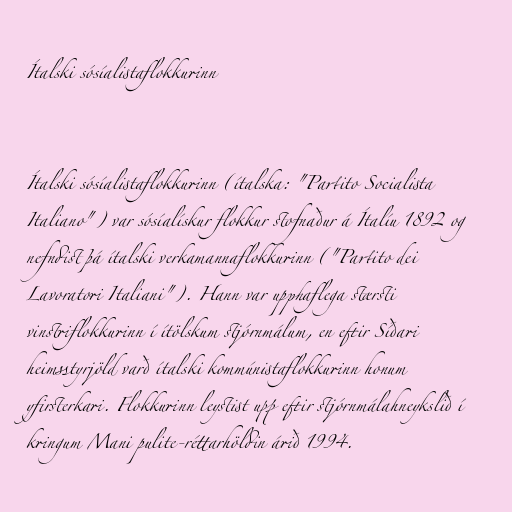
Ítalski sósíalistaflokkurinn

Ítalski sósíalistaflokkurinn (ítalska: "Partito Socialista
Italiano") var sósíalískur flokkur stofnaður á Ítalíu 1892 og
nefndist þá ítalski verkamannaflokkurinn ("Partito dei
Lavoratori Italiani"). Hann var upphaflega stærsti
vinstriflokkurinn í ítölskum stjórnmálum, en eftir Síðari
heimsstyrjöld varð ítalski kommúnistaflokkurinn honum
yfirsterkari. Flokkurinn leystist upp eftir stjórnmálahneykslið í
kringum Mani pulite-réttarhöldin árið 1994.